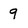
Character: 9